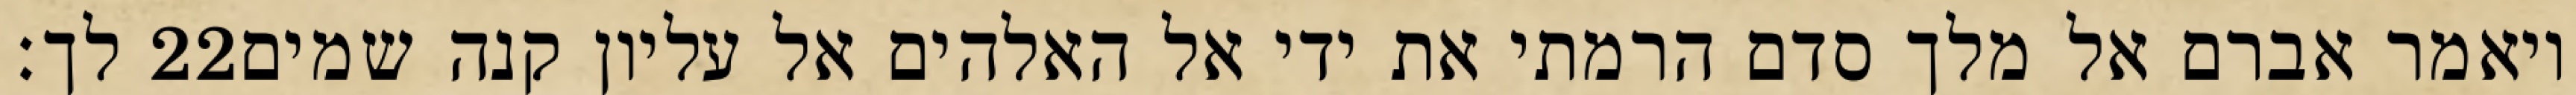
לך׃ ‎22‏ ויאמר אברם אל מלך סדם הרמתי את ידי אל האלהים אל עליון קנה שמים